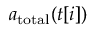
a _ { \mathrm { t o t a l } } ( t [ i ] )